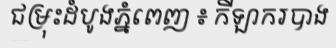
ជម្រុះដំបូងភ្នំពេញ ៖ កីឡាករបាង